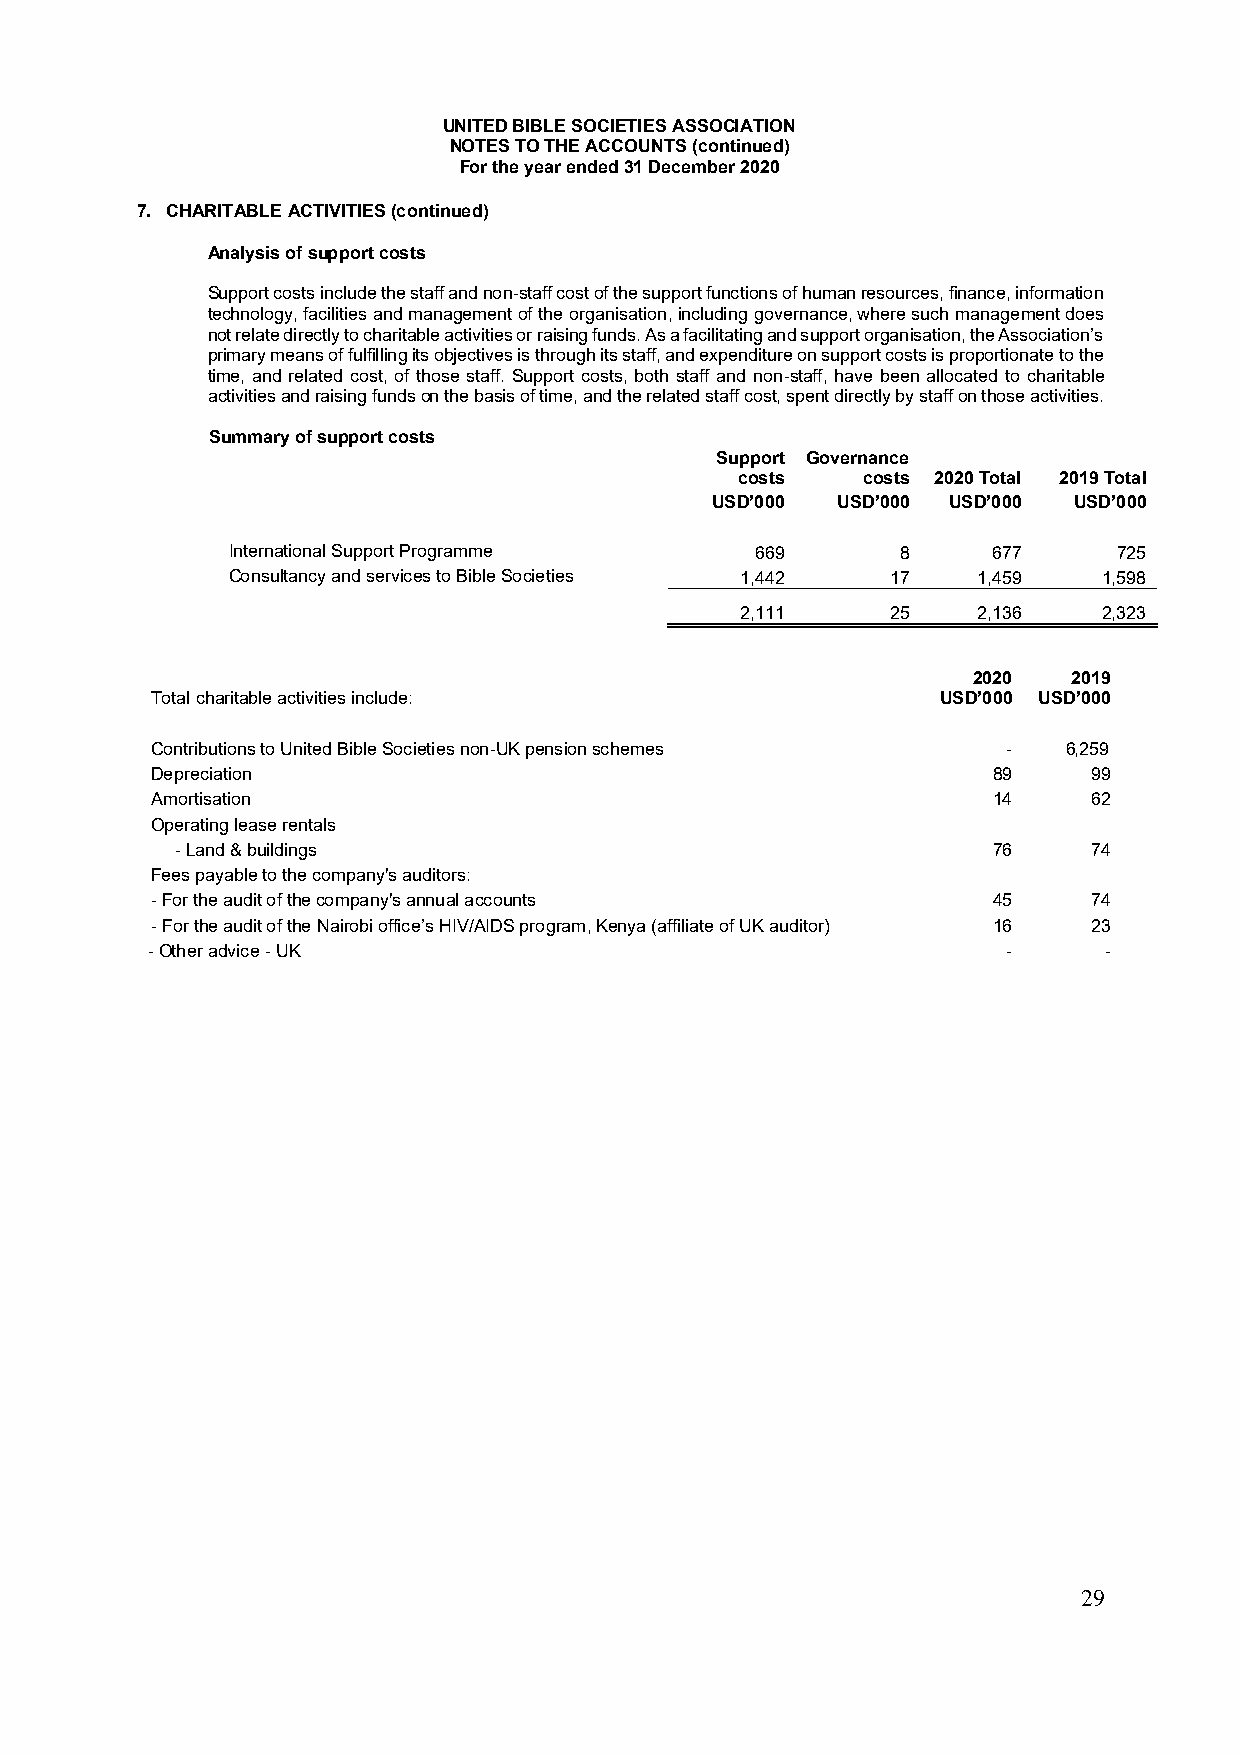
UNITED BIBLE SOCIETIES ASSOCIATION
 NOTES TO THE ACCOUNTS (continued)
 For the year ended 31 December 2020
 7. CHARITABLE ACTIVITIES (continued)
 Analysis of support costs
 Support costs include the staff and non-staff cost of the support functions of human resources, finance, information
 technology, facilities and management of the organisation, including governance, where such management does
 not relate directly to charitable activities or raising funds. As a facilitating and support organisation, the Association’s
 primary means of fulfilling its objectives is through its staff, and expenditure on support costs is proportionate to the
 time, and related cost, of those staff. Support costs, both staff and non-staff, have been allocated to charitable
 activities and raising funds on the basis of time, and the related staff cost, spent directly by staff on those activities.
 Summary of support costs
 Support Governance
 costs   costs 2020 Total 2019 Total
 USD’000 USD’000 USD’000 USD’000
 International Support Programme    669       8     677     725
 Consultancy and services to Bible Societies 1,442 17 1,459 1,598
 2,111     25    2,136   2,323
 2020   2019
 Total charitable activities include:                USD’000 USD’000
 Contributions to United Bible Societies non-UK pension schemes - 6,259
 Depreciation                                            89    99
 Amortisation                                            14    62
 Operating lease rentals
 - Land & buildings                                    76    74
 Fees payable to the company's auditors:
 - For the audit of the company's annual accounts        45    74
 - For the audit of the Nairobi office’s HIV/AIDS program, Kenya (affiliate of UK auditor) 16 23
 - Other advice - UK                                      -     -
 29